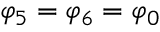
\varphi _ { 5 } = \varphi _ { 6 } = \varphi _ { 0 }